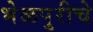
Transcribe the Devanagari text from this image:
भेळपुरीचे